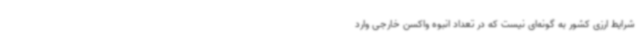
شرایط ارزی کشور به گونه‌ای نیست که در تعداد انبوه واکسن خارجی وارد